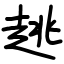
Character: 趒